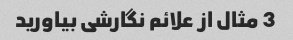
3 مثال از علائم نگارشی بیاورید